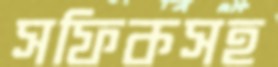
সফিকসহ